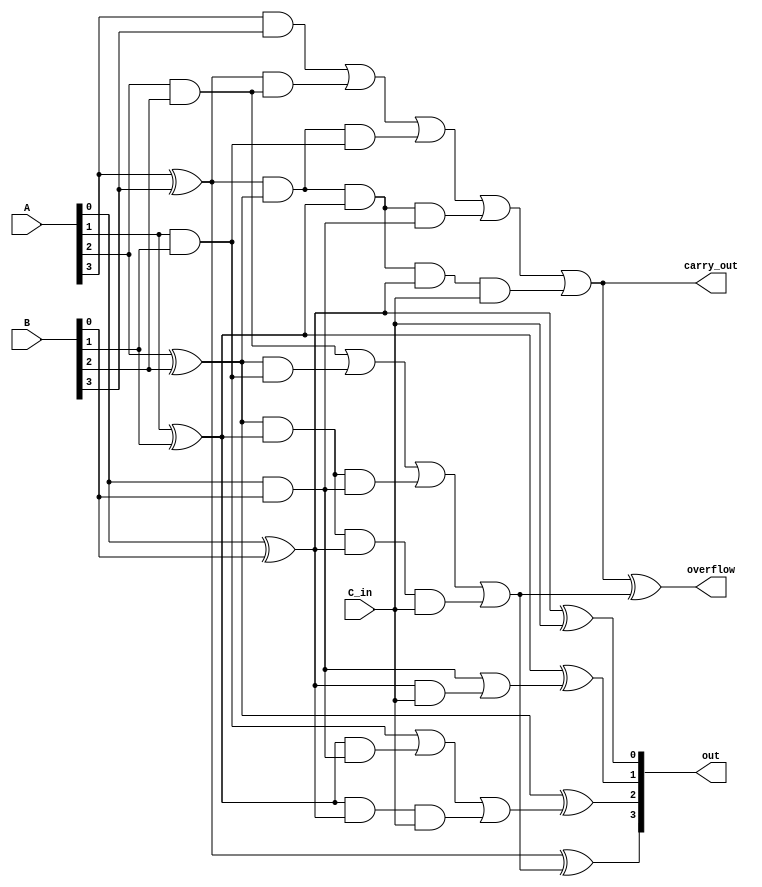
module CLA_4bito(out,carry_out,overflow,A,B,C_in);
   output [3:0]out;
   output      carry_out,overflow;
   input [3:0] A,B;
   input       C_in;
   wire  [3:0] p,g;
   wire [9:0] andl1;
   wire [2:0] carry ;
   xor xx1(p[0],A[0],B[0]);
   xor xx2(p[1],A[1],B[1]);
   xor xx3(p[2],A[2],B[2]);
   xor xx4(p[3],A[3],B[3]);
   and aa1(g[0],A[0],B[0]);
   and aa2(g[1],A[1],B[1]);
   and aa3(g[2],A[2],B[2]);
   and aa4(g[3],A[3],B[3]);
   and al1(andl1[0],p[0],C_in);
   and al2(andl1[1],p[1],g[0]);
   and al3(andl1[2],p[1],p[0],C_in);
   and al4(andl1[3],p[2],g[1]);
   and al5(andl1[4],p[2],p[1],g[0]);
   and al6(andl1[5],p[2],p[1],p[0],C_in);
   and al7(andl1[6],p[3],g[2]);
   and al8(andl1[7],p[3],p[2],g[1]);
   and al9(andl1[8],p[3],p[2],p[1],g[0]);
   and al10(andl1[9],p[3],p[2],p[1],p[0],C_in);
   or oo1(carry[0],g[0],andl1[0]);
   or oo2(carry[1],g[1],andl1[1],andl1[2]);
   or oo3(carry[2],g[2],andl1[3],andl1[4],andl1[5]);
   or oo4(carry_out,g[3],andl1[6],andl1[7],andl1[8],andl1[9]);
   xor xs1(out[0],p[0],C_in);
   xor xs2(out[1],p[1],carry[0]);
   xor xs3(out[2],p[2],carry[1]);
   xor xs4(out[3],p[3],carry[2]);
   assign overflow=carry_out^carry[2];
endmodule